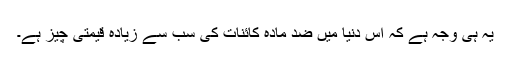
یہ ہی وجہ ہے کہ اس دنیا میں ضد مادّہ کائنات کی سب سے زیادہ قیمتی چیز ہے۔